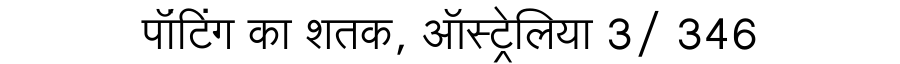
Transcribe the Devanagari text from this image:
पॉंटिंग का शतक, ऑस्ट्रेलिया 3/ 346